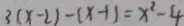
3 ( x - 2 ) - ( x - 1 ) = x ^ { 2 } - 4